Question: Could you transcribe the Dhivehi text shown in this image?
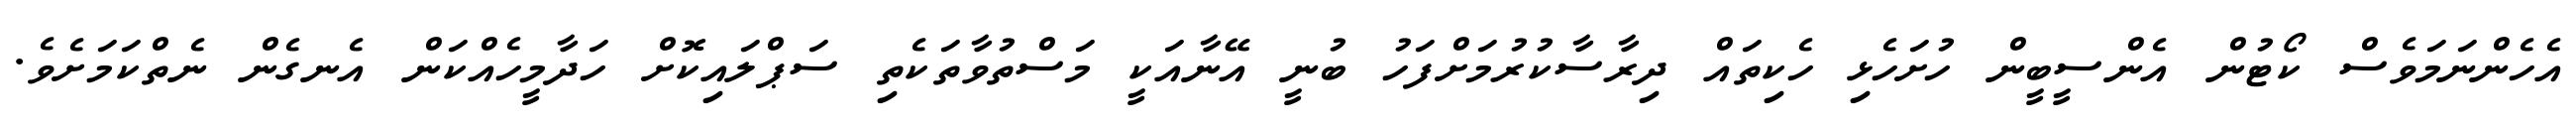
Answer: އެހެންނަމަވެސް ކޯޓުން އެންސީބީން ހުށަހެޅި ހެކިތައް ދިރާސާކުރުމަށްފަހު ބުނީ އޭނާއަކީ މަސްތުވާތަކެތި ސަޕްލައިކޮށް ހަދާމީހެއްކަން އެނގެން ނެތްކަމަށެވެ.